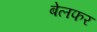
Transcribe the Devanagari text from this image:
बेलफर